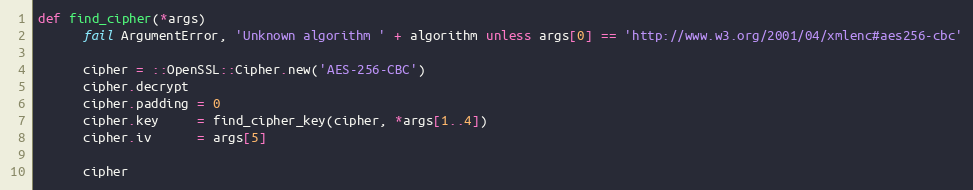
Language: Ruby
def find_cipher(*args)
      fail ArgumentError, 'Unknown algorithm ' + algorithm unless args[0] == 'http://www.w3.org/2001/04/xmlenc#aes256-cbc'

      cipher = ::OpenSSL::Cipher.new('AES-256-CBC')
      cipher.decrypt
      cipher.padding = 0
      cipher.key     = find_cipher_key(cipher, *args[1..4])
      cipher.iv      = args[5]

      cipher